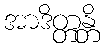
အာဒိတ္တန္တိ